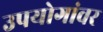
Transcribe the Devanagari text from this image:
उपयोगांवर